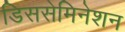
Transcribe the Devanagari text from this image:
डिससेमिनेशन